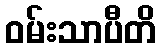
ဝမ်းသာပီတိ